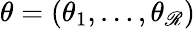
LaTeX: \theta=(\theta_{1},\ldots,\theta_{\mathscr{R}})